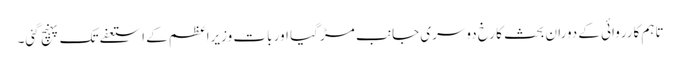
تاہم کارروائی کے دوران بحث کا رخ دوسری جانب مڑ گیا اور بات وزیراعظم کے استعفے تک پہنچ گئی۔